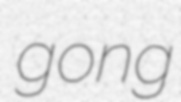
gong